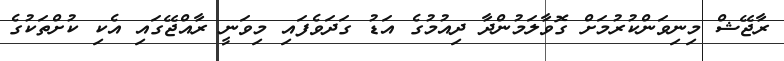
ރާޖޭޝް މިނިވަންކުރުމަށް ގޮވާލަމުންދާ ދިއުމުގެ އަޑު ގަދަވެފައި މިވަނީ ރާއްޖޭގައި އެކި ކުށްތަކުގެ